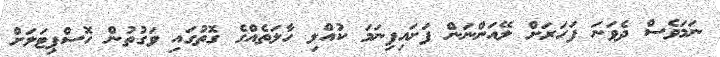
ނަމަވެސް ދެވަނަ ފަހަރަށް ލޭއަންނަން ފަށައިފިނަމަ ކުއްލި ހާލަތެއްގެ ގޮތުގައި ވަގުތުން ހޮސްޕިޓަލަށް